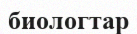
биологтар